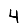
Digit: 4